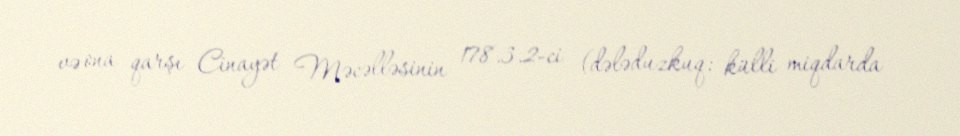
və ona qarşı Cinayət Məcəlləsinin 178.3.2-ci (dələduzkuq; külli miqdarda